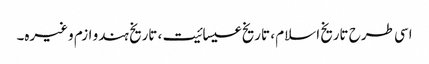
اسی طرح تاریخ اسلام ، تاریخ عیسائیت ، تاریخ ہندو ازم وغیرہ۔